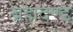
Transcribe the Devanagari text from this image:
ब्रह्मदण्ड